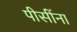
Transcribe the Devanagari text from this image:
पीसींना